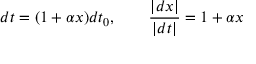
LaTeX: d t = ( 1 + \alpha x ) d t _ { 0 } , \qquad { \frac { | d x | } { | d t | } } = 1 + \alpha x